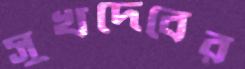
সুখদেবের